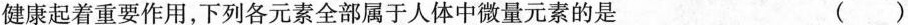
健康起着重要作用，下列各元素全部属于人体中微量元素的是 ()